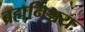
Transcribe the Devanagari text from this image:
ब्रह्मनिश्चयः